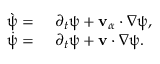
\begin{array} { r l } { \grave { \uppsi } = } & { { } ~ \partial _ { t } \uppsi + \mathbf { v } _ { \alpha } \cdot \nabla \uppsi , } \\ { \dot { \uppsi } = } & { { } ~ \partial _ { t } \uppsi + \mathbf { v } \cdot \nabla \uppsi . } \end{array}